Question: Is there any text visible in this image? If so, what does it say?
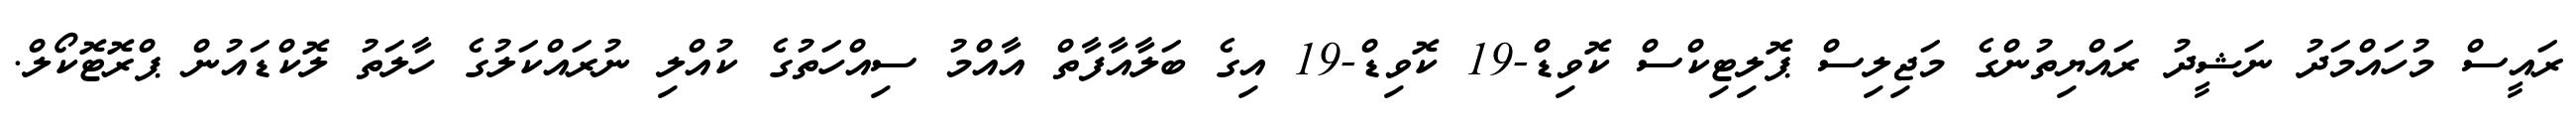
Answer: ރައީސް މުހައްމަދު ނަޝީދު ރައްޔިތުންގެ މަޖިލިސް ޕޮލިޓިކްސް ކޮވިޑް-19 ކޮވިޑް-19 އިގެ ބަލާއާފާތް އާއްމު ސިއްހަތުގެ ކުއްލި ނުރައްކަލުގެ ހާލަތު ލޮކްޑައުން ޕްރޮޓޮކޯލް.